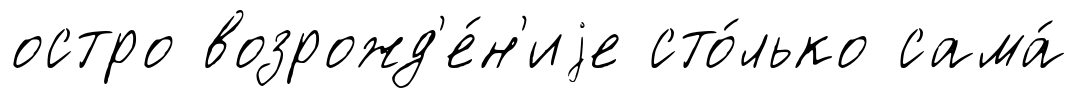
остро возрожд'е́н'иjе сто́лько сама́